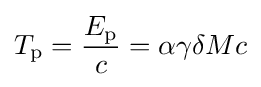
T_{\text{p}}={\frac {E_{\text{p}}}{c}}=\alpha \gamma \delta Mc